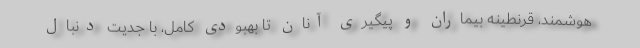
هوشمند، قرنطینه بیماران و پیگیری آنان تا بهبودی کامل، با جدیت دنبال